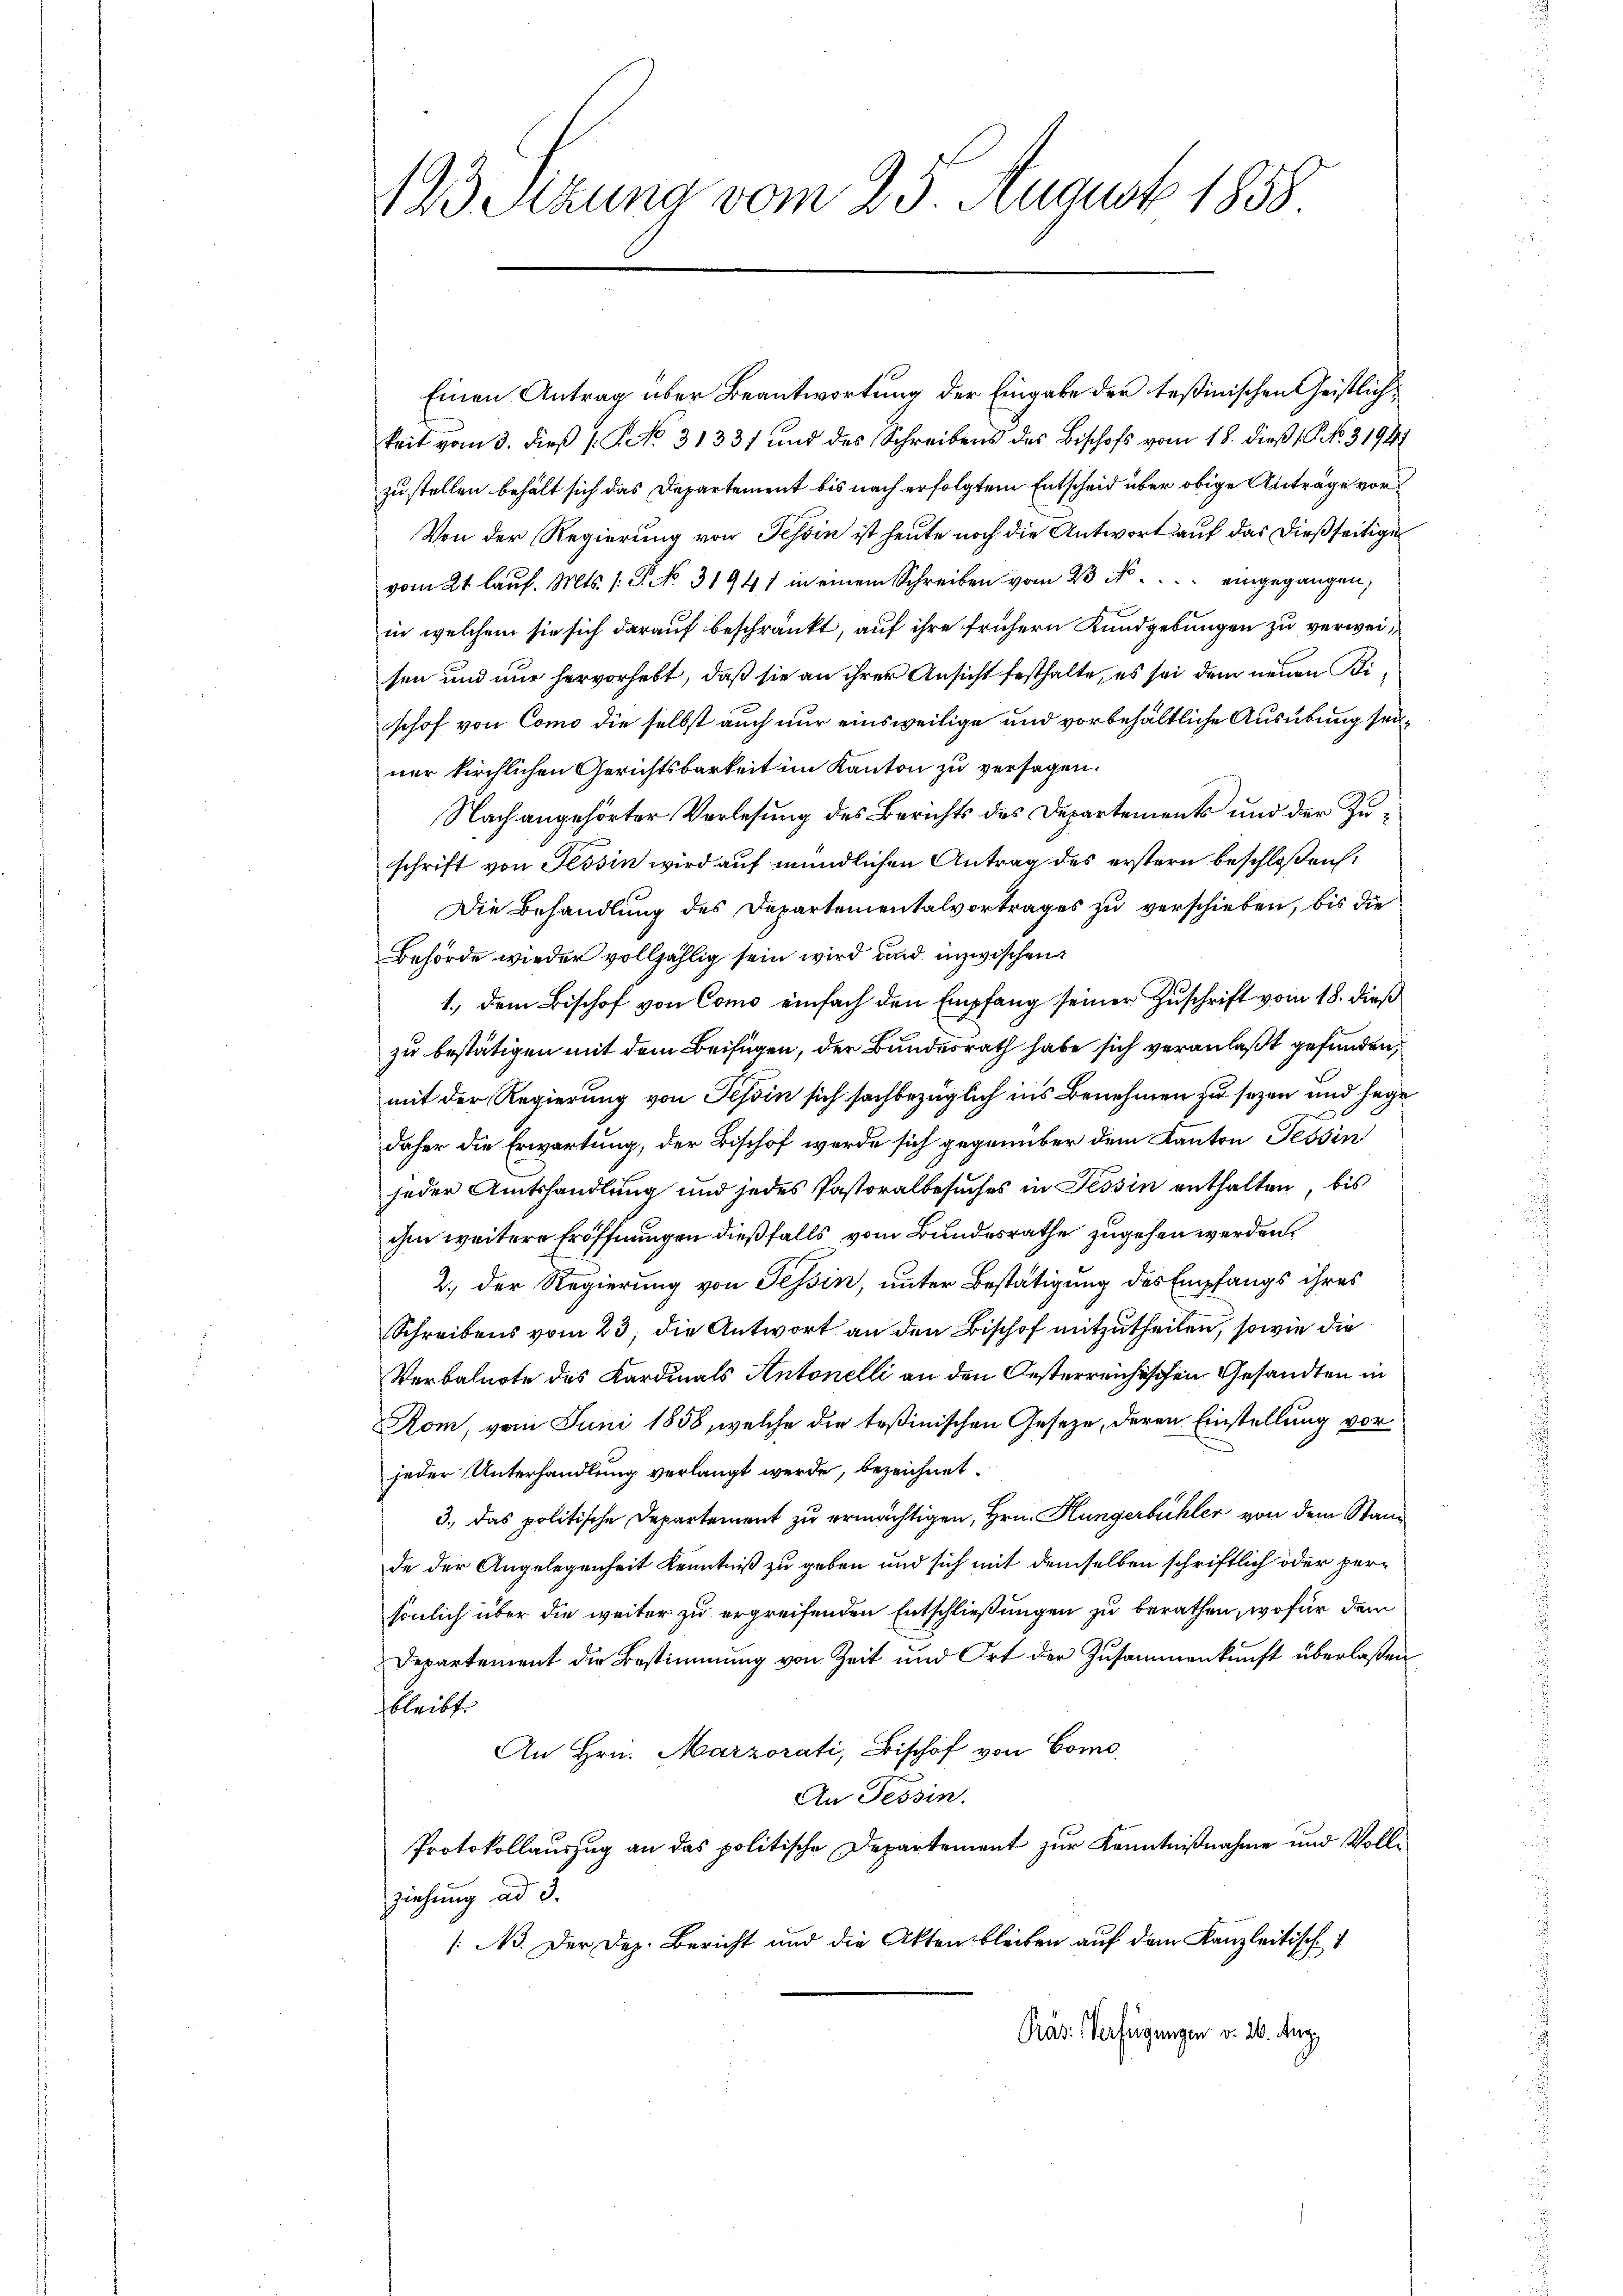
123 Setzung vom 25. August 1838

Einen Antrag über Beantwortung der Eingabe der Teßinischen Geistlichkeit vom 3. dieß P. No. 3133 und des Schreibens des Bischofs vom 18. dieß 18. No. 31941
zustellen behält sich das Departement bis nach erfolgtem Entscheid über obige Anträge vor¬
Von der Regierung von Tessin ist heute noch die Antwort auf das dießseitige
vom 21. laŭf. Mts. 1. P. NNo. 31941 in einem Schreiben vom 23 N. . . . . eingegangen,
in welchem sie sich darauf beschränkt, auf ihre frühern Kundgebungen zu verweisen und nur hervorhebt, daß sie an ihrer Ansicht festhalte, es sei dem neuen Bischof von Como die selbst auch nur einsweilige und vorbehältliche Ausübung seiner kirchlichen Gerichtsbarkeit im Kanton zu versagen.
Nach angehörter Vorlesung des Berichts des Departements und der Zuschrift von Tessin wird auf mündlichen Antrag des erstern beschloßen:
Die Behandlung des Departementalvertrages zu verschieben, bis die
Behörde wieder vollzählig sein wird und inzwischen
1., dem Bischof von Como einfach den Empfang seiner Zuschrift vom 18. dieß
zu bestätigen mit dem Beifügen, der Bundesrath habe sich veranlaßt gefunden,
mit der Regierung von Tessin sich sachbezüglich ins Benehmen zu sezen und sage
daher die Erwartung, der Bischof werde sich gegenüber dem Kanton Tessin
jeder Amtshandlung und jedes Pastoralbesuches in Tessin enthalten, bis
ihm weitere Eröffnungen dießfalls vom Bundesrathe zugehen werden.
2.) Der Regierung von Tessin, unter Bestätigung des Empfangs ihres
Schreibens vom 23. die Antwort an den Bischof mitzutheilen, sowie die
Verbalnote des Kardinals Antonelli an den Oesterreichischen Gesandten in
Rom, vom Juni 1858, welche die Teßinischen Geseze, deren Einstellung vorjeder Unterhandlung verlangt werde, bezeichnet.
3., das politische Departement zu ermächtigen, Hrn. Küngerbüchler von dem Stand
de der Angelegenheit Kenntniß zu geben und sich mit demselben schriftlich oder persönlich über die weiter zu ergreifenden Entschließungen zu berathen, wofür dem
Departement die Bestimmung von Zeit und Ort der Zusammenkunft überlaßen
bleibt
An Hrn. Marzorati, Bischof von Como¬
An Tessin.
Protokollauszug an das politische Departement zur Kenntnißnahme und Vollziehung ad 3.
/A. Der Dez. Bericht und die Akten bleiben auf dem Kanzleitisch
Präs. Verfügungen v. 26. Aug